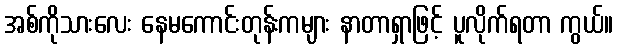
အစ်ကိုသားလေး နေမကောင်းတုန်းကများ နာတာရှာဖြင့် ပူလိုက်ရတာ ကွယ်။